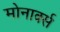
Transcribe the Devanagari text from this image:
मोनार्क्स